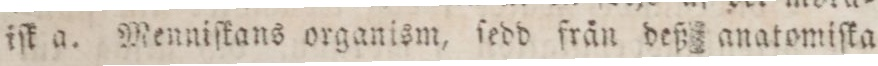
iſk a. Menniſkans organism, ſedd från deß anatomiſka